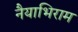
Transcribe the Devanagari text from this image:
नैयाभिराम